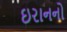
ઇરાનનો